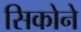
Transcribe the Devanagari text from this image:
सिकोने